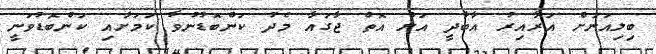
ބިލިއަނަށް އަރާއިރު އާބާދީ އަށް އޮތް ޖާގައާ މެދު ކަންބޮޑުނުވާ ކަމަށާއި ކަންބޮޑުވަނީ